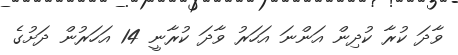
ވާދަ ކުރާ ކުދިން އަންނަ އަހަރު ވާދަ ކުރާނީ 14 އަހަރުން ދަށުގެ